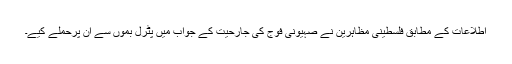
اطلاعات کے مطابق فلسطینی مظاہرین نے صہیونی فوج کی جارحیت کے جواب میں پٹرل بموں سے ان پرحملے کیے۔